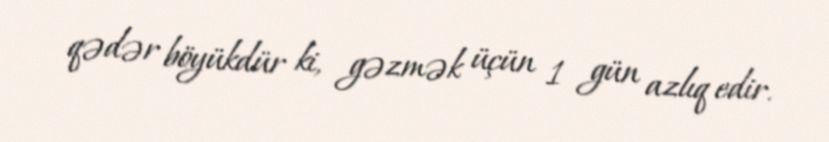
qədər böyükdür ki, gəzmək üçün 1 gün azlıq edir.